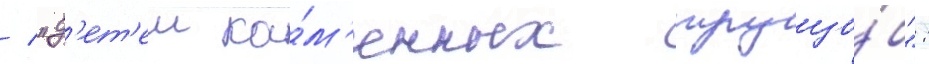
/ "д'ет'еи ка́м'енных трущо́б":